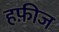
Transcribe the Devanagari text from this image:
हफ़ीज